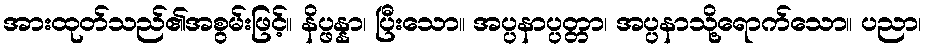
အားထုတ်သည်၏အစွမ်းဖြင့်။ နိပ္ဖန္နာ၊ ပြီးသော။ အပ္ပနာပ္ပတ္တာ၊ အပ္ပနာသို့ရောက်သော။ ပညာ၊